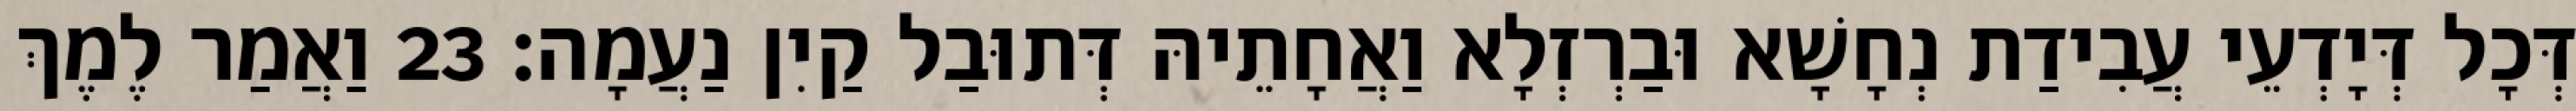
דְּכָל דְּיָדְעֵי עֲבִידַת נְחָשָׁא וּבַרְזְלָא וַאֲחָתֵיהּ דְּתוּבַל קַיִן נַעֲמָה׃ 23 וַאֲמַר לֶמֶךְ